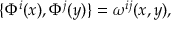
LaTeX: \{ \Phi ^ { i } ( x ) , \Phi ^ { j } ( y ) \} = \omega ^ { i j } ( x , y ) ,